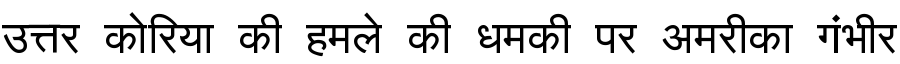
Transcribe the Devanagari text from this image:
उत्तर कोरिया की हमले की धमकी पर अमरीका गंभीर